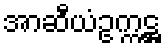
အာဆီယံဥက္ကဋ္ဌ